Civil Veterinary Dept. Assam report 1927-50 - 1927-1950
Year: 1927
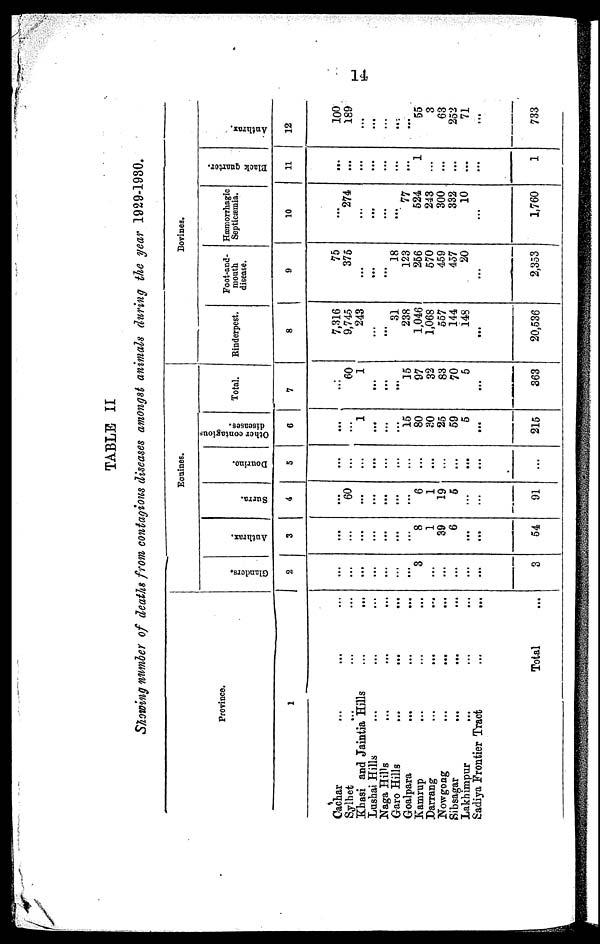
14
TABLE II
Showing number of deaths from contagions diseases amongst animals during the year 1929-1980.
Province.
1
Cachar ... ... ...
Sylhet ... ... ...
Khasi and Jaintia Hills ... ...
Lushai Hills ... ...
Naga Hills ... ... ...
Garo Hills ... ... ...
Goalpara ... ... ...
Kamrup ... ... ...
Darrang ... ... ...
Nowgong ... ... ...
Sibsagar ... ... ...
Lakhimpur ... ... ...
Sadiya Frontier Tract ... ...
Total ...
Equines.
Glanders.
2
...
...
...
...
...
...
...
3
...
...
...
...
3
Anthrax.
3
...
...
...
...
...
...
...
8
1
39
6
...
...
54
Surra.
4
...
60
...
...
...
...
...
6
1
19
6
...
...
91
Dourine.
5
...
...
...
...
...
...
...
...
...
...
...
...
...
...
Other contagious
diseases.
6
...
...
1
...
...
15
80
30
25
59
5
...
215
Total.
7
...
60
1
...
...
...
15
97
32
83
70
5
...
363
Bovines.
Rinderpest.
8
7,316
9,745
243
...
...
31
238
1,046
1,068
557
144
148
...
20,536
Foot-and-
mouth
disease.
9
75
375
...
...
...
18
123
266
570
459
457
20
...
2,353
Hæmorrhagic
Septicæmia.
10
...
274
...
...
...
...
77
524
243
300
332
10
...
1,760
Black quartor.
11
...
...
...
...
...
...
...
1
...
...
...
...
...
1
Anthrax.
12
100
189
...
...
...
...
...
55
3
63
252
71
...
733